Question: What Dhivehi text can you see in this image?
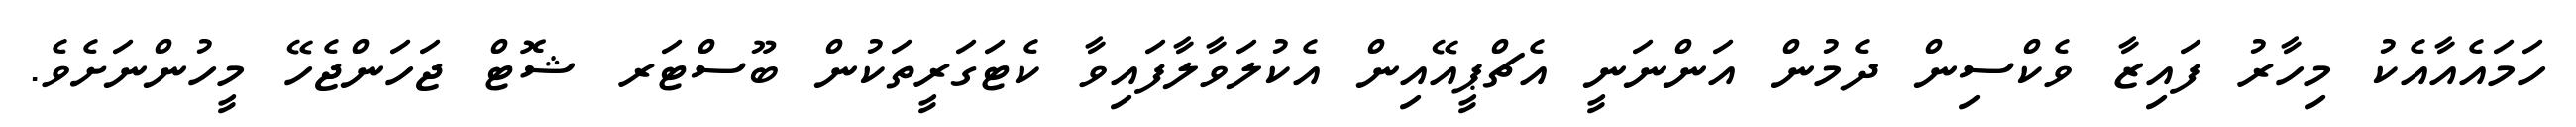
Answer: ހަމައެއާއެކު މިހާރު ފައިޒާ ވެކްސިން ދެމުން އަންނަނީ އެޗްޕީއޭއިން އެކުލަވާލާފައިވާ ކެޓަގަރީތަކުން ބޫސްޓަރ ޝޮޓް ޖަހަންޖެހޭ މީހުންނަށެވެ.